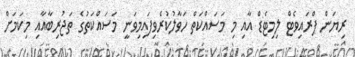
ރިޔަން ޕްރައިވެޓް ލިމިޓެޑް އާއި މި މަސައްކަތް ހަވާލުކުރެވިފައިމިވަނީ މަސައްކަތުގެ ތަޖުރިބާއާއި މިކަމަށް